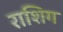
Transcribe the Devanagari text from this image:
राशिग